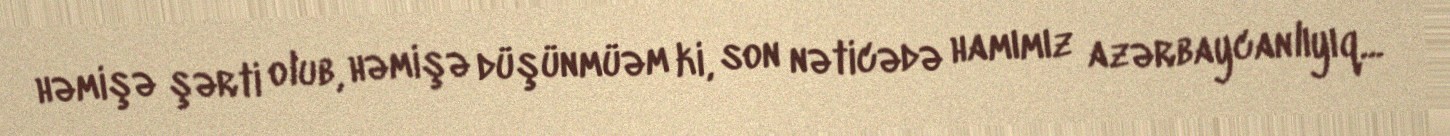
həmişə şərti olub, həmişə düşünmüəm ki, son nəticədə hamımız azərbaycanlıyıq...